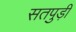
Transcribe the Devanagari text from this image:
सतपुड़ी